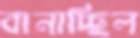
বানাচ্ছিল